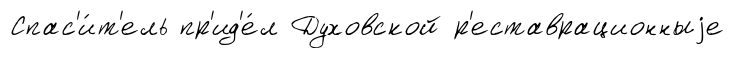
Спас'и́т'ель пр'ид'е́л Духовской р'еставрационныjе